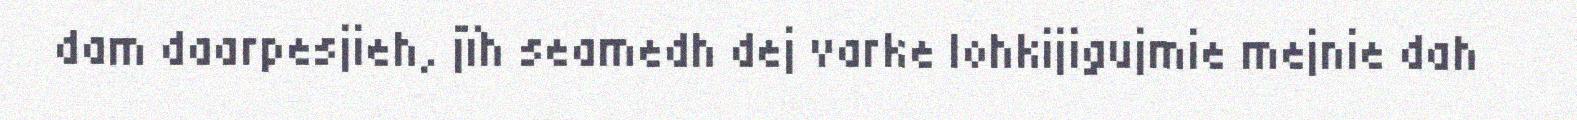
dam daarpesjieh, jïh seamedh dej varke lohkijigujmie mejnie dah